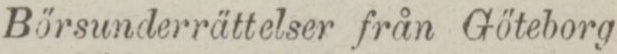
Börsunderrättelser från Göteborg